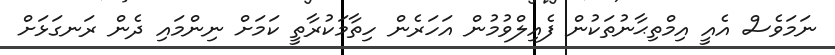
ނަމަވެސް އެއީ އިމްތިޙާނުތަކުން ފެއިލްވުމުން އަހަރެން ހިތާމަކުރާތީ ކަމަށް ނިންމައި ދެން ރަނގަޅަށް